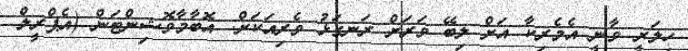
ހިލަރީ ވާނީ އެމެރިކާ އަށް ލިބޭ ވަރަށް ރަނގަޅު ވެރިއަކަށް: އޮބާމާވޮޝިންޓަން (އެޕްރީލް